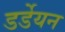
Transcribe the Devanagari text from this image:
डर्डेयन